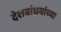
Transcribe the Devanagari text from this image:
देशबांधवांच्या